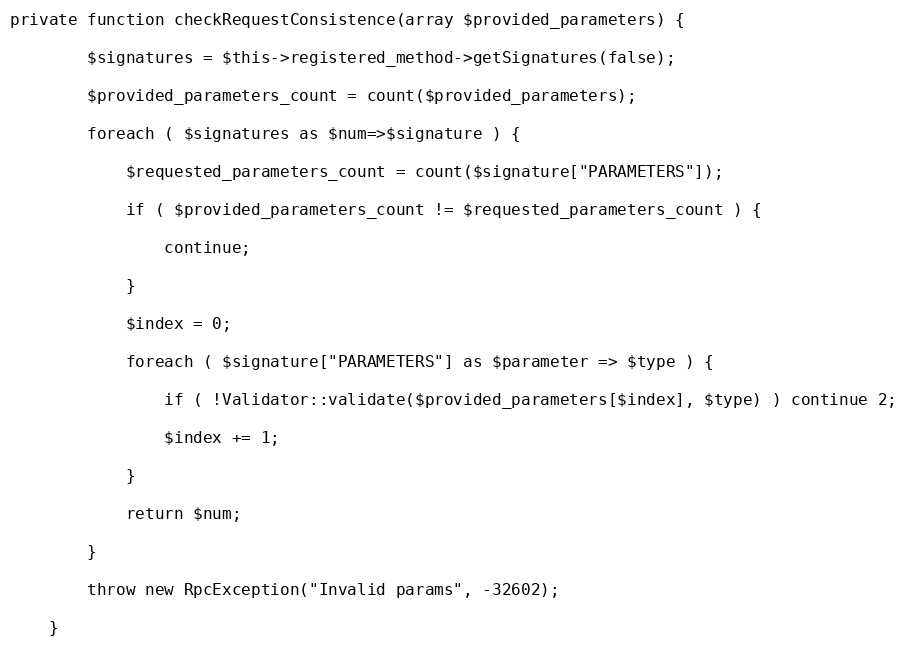
Language: PHP
private function checkRequestConsistence(array $provided_parameters) {

        $signatures = $this->registered_method->getSignatures(false);

        $provided_parameters_count = count($provided_parameters);

        foreach ( $signatures as $num=>$signature ) {

            $requested_parameters_count = count($signature["PARAMETERS"]);

            if ( $provided_parameters_count != $requested_parameters_count ) {

                continue;

            }

            $index = 0;

            foreach ( $signature["PARAMETERS"] as $parameter => $type ) {

                if ( !Validator::validate($provided_parameters[$index], $type) ) continue 2;

                $index += 1;

            }

            return $num;

        }

        throw new RpcException("Invalid params", -32602);

    }